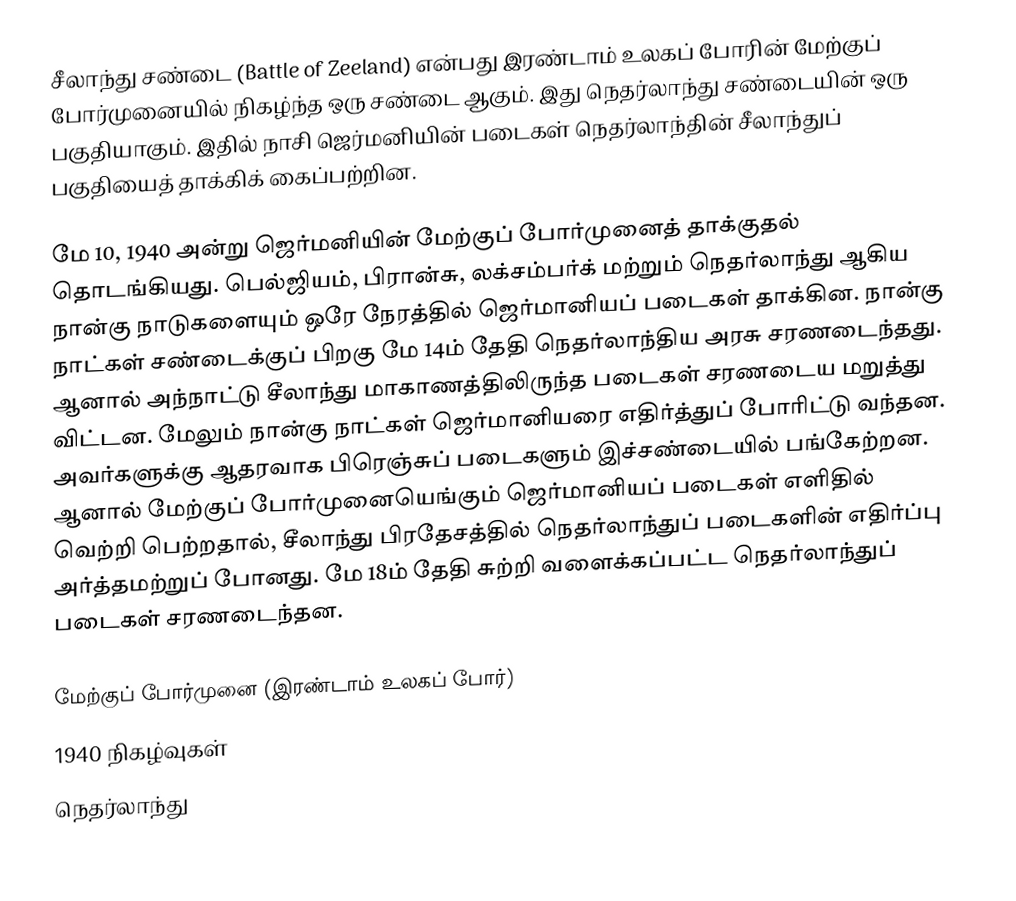
சீலாந்து சண்டை (Battle of Zeeland) என்பது இரண்டாம் உலகப் போரின் மேற்குப் போர்முனையில் நிகழ்ந்த ஒரு சண்டை ஆகும். இது நெதர்லாந்து சண்டையின் ஒரு பகுதியாகும். இதில் நாசி ஜெர்மனியின் படைகள் நெதர்லாந்தின் சீலாந்துப் பகுதியைத் தாக்கிக் கைப்பற்றின.

மே 10, 1940 அன்று ஜெர்மனியின் மேற்குப் போர்முனைத் தாக்குதல் தொடங்கியது. பெல்ஜியம், பிரான்சு, லக்சம்பர்க் மற்றும் நெதர்லாந்து ஆகிய நான்கு நாடுகளையும் ஒரே நேரத்தில் ஜெர்மானியப் படைகள் தாக்கின. நான்கு நாட்கள் சண்டைக்குப் பிறகு மே 14ம் தேதி நெதர்லாந்திய அரசு சரணடைந்தது. ஆனால் அந்நாட்டு சீலாந்து மாகாணத்திலிருந்த படைகள் சரணடைய மறுத்து விட்டன. மேலும் நான்கு நாட்கள் ஜெர்மானியரை எதிர்த்துப் போரிட்டு வந்தன. அவர்களுக்கு ஆதரவாக பிரெஞ்சுப் படைகளும் இச்சண்டையில் பங்கேற்றன. ஆனால் மேற்குப் போர்முனையெங்கும் ஜெர்மானியப் படைகள் எளிதில் வெற்றி பெற்றதால், சீலாந்து பிரதேசத்தில் நெதர்லாந்துப் படைகளின் எதிர்ப்பு அர்த்தமற்றுப் போனது. மே 18ம் தேதி சுற்றி வளைக்கப்பட்ட நெதர்லாந்துப் படைகள் சரணடைந்தன.

 மேற்குப் போர்முனை (இரண்டாம் உலகப் போர்)
1940 நிகழ்வுகள்
நெதர்லாந்து